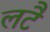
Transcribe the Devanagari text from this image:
लटै